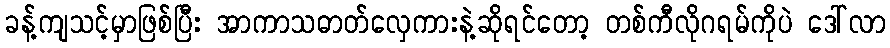
ခန့်ကျသင့်မှာဖြစ်ပြီး အာကာသဓာတ်လှေကားနဲ့ဆိုရင်တော့ တစ်ကီလိုဂရမ်ကိုပဲ ဒေါ်လာ